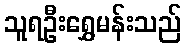
သူရဦးရွှေမန်းသည်